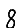
Digit: 8